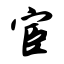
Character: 宦